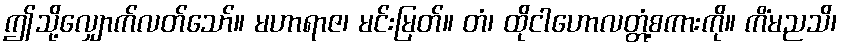
ဤသို့လျှောက်လတ်သော်။ မဟာရာဇ၊ မင်းမြတ်။ တံ၊ ထိုငါဟောလတ္တံ့စကားကို။ ကိံမညသိ၊